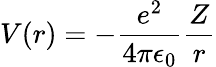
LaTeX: V(r)=-\frac{e^{2}}{4\pi\epsilon_{0}}\frac{Z}{r}